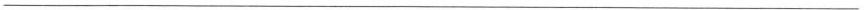
___